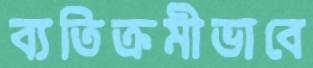
ব্যতিক্রমীভাবে